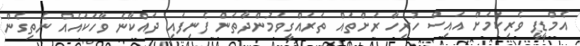
އެމްޑީޕީ ވެރިކަމަށް އައިސް ހުރިހާ ރަށްތައް ތަރައްގީވަމުންދާތަން ފެނިފައި ދައްކާނެ ވާހަކައެއް ނެތިގެން